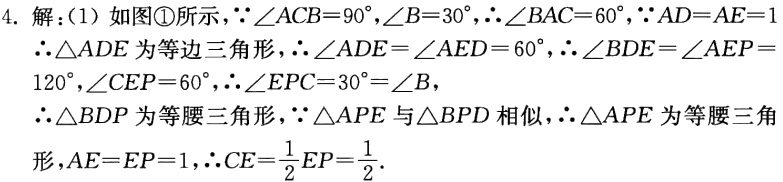
4. 解：(1) 如图\textcircled{1}所示，\(\because\angle ACB = 90^{\circ},\angle B = 30^{\circ},\therefore\angle BAC = 60^{\circ},\because AD = AE = 1\)

\(\therefore\triangle ADE\)为等边三角形，\(\therefore\angle ADE=\angle AED = 60^{\circ},\therefore\angle BDE=\angle AEP = 120^{\circ},\angle CEP = 60^{\circ},\therefore\angle EPC = 30^{\circ}=\angle B\)，

\(\therefore\triangle BDP\)为等腰三角形，\(\because\triangle APE\)与\(\triangle BPD\)相似，\(\therefore\triangle APE\)为等腰三角形，\(AE = EP = 1,\therefore CE=\frac{1}{2}EP=\frac{1}{2}\).